Annual report of the Imperial Bacteriologist
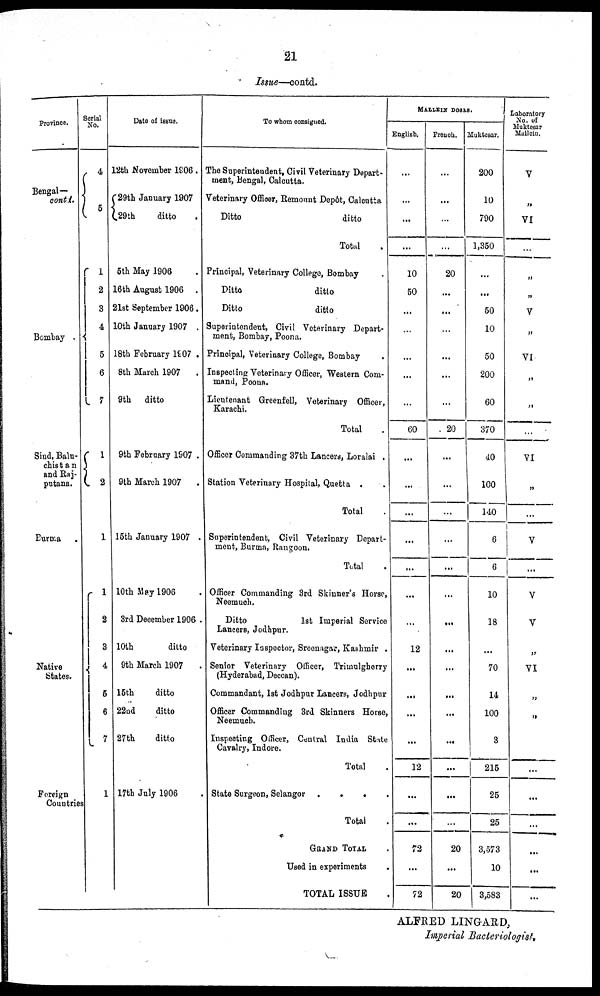
21
Issue—contd.
Province.
Bengal— {
contd.
Bombay
{
Sind, Balu-
chistan {
and Raj-
putana.
Burma .
Native {
States.
Foreign
Countries
Serial
No.
4
5 {
1
2
3
4
5
6
7
1
2
1
1
2
3
4
5
6
7
1
Date of issue.
12th November 1906.
29th January 1907
29th
ditto .
5th May 1906 .
16th August 1906 .
21st September 1906.
10th January 1907 .
18th February 1907 .
8th March 1907
.
9th ditto
9th February 1907 .
9th March 1907
.
15th January 1907 .
10th May 1906
3rd December 1906 .
10th
ditto
9th March 1907
.
15th
ditto
22nd
ditto
27th
ditto
17th July 1906 .
To whom consigned.
The Superintendent, Civil Veterinary Depart-
ment, Bengal, Calcutta.
Veterinary Officer, Remount Depôt, Calcutta
Ditto
ditto
Total .
Principal, Veterinary College, Bombay .
Ditto
ditto
Ditto
ditto
Superintendent, Civil Veterinary Depart-
ment, Bombay, Poona.
Principal, Veterinary College, Bombay
.
Inspecting Veterinary Officer, Western Com-
mand, Poona.
Lieutenant Greenfell, Veterinary Officer,
Karachi.
Total .
Officer Commanding 37th Lancers, Loralai .
Station Veterinary Hospital, Quetta .
.
Total .
Superintendent, Civil Veterinary Depart-
ment, Burma, Rangoon.
Total .
Officer Commanding 3rd Skinner's Horse,
Neemuch.
Ditto
1st
Imperial Service
Lancers, Jodhpur.
Veterinary Inspector, Sreenagar, Kashmir .
Senior Veterinary Officer, Trimulgherry
(Hyderabad, Deccan).
Commandant, 1st Jodhpur Lancers, Jodhpur
Officer Commanding 3rd Skinners Horse,
Neemuch.
Inspecting Officer, Central India State
Cavalry, Indore.
Total .
State Surgeon, Selangor .
.
.
Total
GRAND TOTAL .
Used in experiments .
TOTAL ISSUE .
MALLEIN DOSES.
English.
...
...
...
...
10
50
...
...
...
...
...
60
...
...
...
...
...
...
12
...
...
...
...
12
.
72
...
72
French.
...
...
...
...
20
...
...
...
...
...
...
20
...
...
...
...
...
...
...
...
...
...
...
...
...
...
...
20
...
20
Muktesar.
200
10
790
1,350
...
...
50
10
50
200
60
370
40
100
140
6
6
10
18
...
70
14
100
3
215
25
25
3,573
10
3,583
Laboratory
No. of
Muktesar
Mullein.
V
„
VI
...
„
„
V
„
VI
„
„
...
VI
„
...
V
...
V
V
„
VI
„
„
...
...
...
...
...
...
ALFRED LINGARD,
Imperial
Bacteriologist.